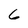
Character: 6